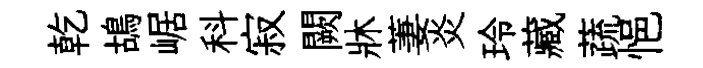
乾鴣崌科寂闕牀萋炎玲藏蔬悒